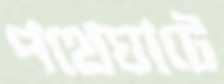
পথেঘাটে